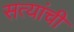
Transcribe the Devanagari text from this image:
सत्यांची